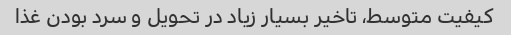
کیفیت متوسط، تاخیر بسیار زیاد در تحویل و سرد بودن غذا